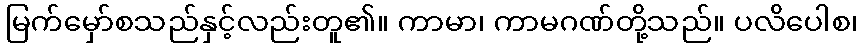
မြက်မှော်စသည်နှင့်လည်းတူ၏။ ကာမာ၊ ကာမဂဏ်တို့သည်။ ပလိပေါစ၊